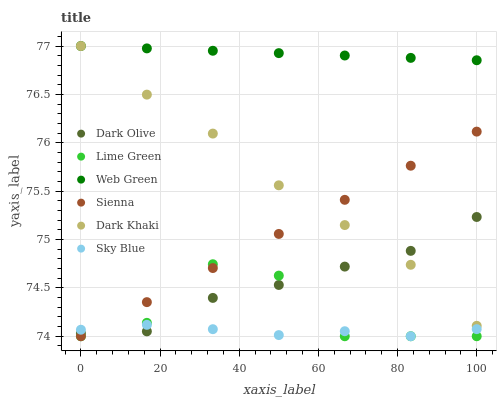
| xaxis_label | Dark Olive | Lime Green | Web Green | Sienna | Dark Khaki | Sky Blue |
 | --- | --- | --- | --- | --- | --- | --- |
 | 0 | 74 | 74 | 77 | 74 | 77 | 74.1 |
 | 16.7 | 74.1 | 74.1 | 77 | 74.4 | 76.5 | 74.1 |
 | 33.3 | 74.4 | 74.7 | 77 | 74.7 | 76.1 | 74.1 |
 | 50 | 74.5 | 74.6 | 76.9 | 75.1 | 75.6 | 74 |
 | 66.7 | 74.7 | 74 | 76.9 | 75.4 | 75.1 | 74.1 |
 | 83.3 | 74.9 | 74 | 76.9 | 75.8 | 74.7 | 74 |
 | 100 | 75.2 | 74 | 76.9 | 76.1 | 74.1 | 74.1 |